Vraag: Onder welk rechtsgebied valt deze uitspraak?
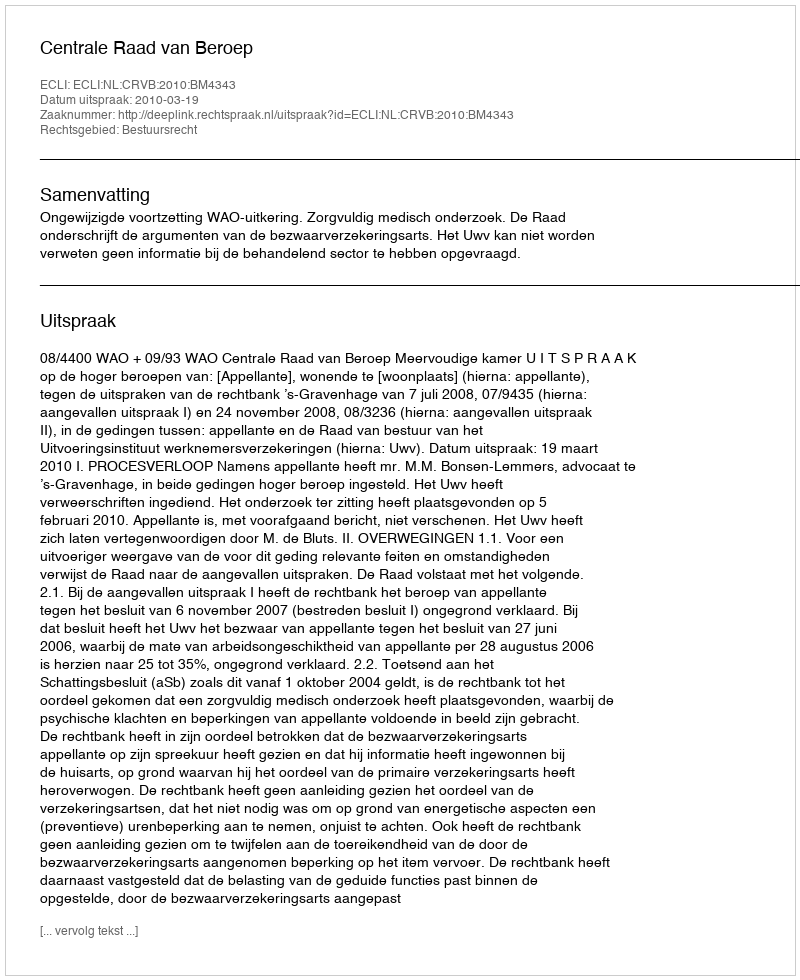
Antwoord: Bestuursrecht